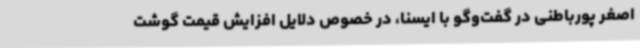
اصغر پورباطنی در گفت‌وگو با ایسنا، در خصوص دلایل افزایش قیمت گوشت